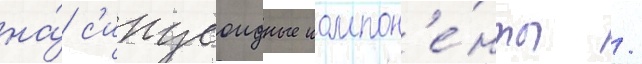
на́ с'инусоидные компон'е́нты /